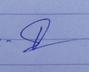
Signature authenticity: genuine